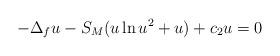
LaTeX: \begin{align*}-\Delta_f u-S_M(u\ln u^2+u)+c_2u=0\end{align*}